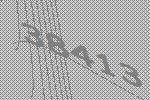
38413